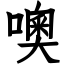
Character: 噢